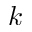
k